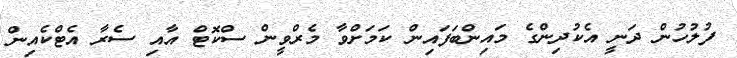
ފުލުހުން ދަނީ އެކުދިންގެ މައިންބަފައިން ކަމަށްވާ މެރްވީން ސްކޮޓް އާއި ސެރާ އެޓްކެއިން